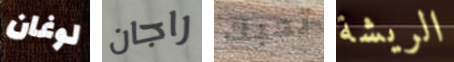
لوغان راجان تحبك الريشة